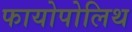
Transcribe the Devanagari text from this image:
फायोपोलिथ